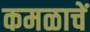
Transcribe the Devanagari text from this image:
कमळाचें